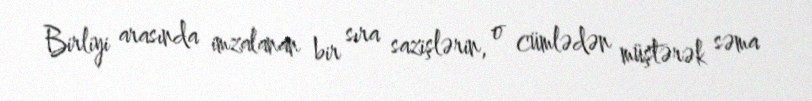
Birliyi arasında imzalanan bir sıra sazişlərin, o cümlədən müştərək səma